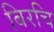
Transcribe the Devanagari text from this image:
बिरचि